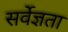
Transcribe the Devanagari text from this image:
सर्वेज्ञता